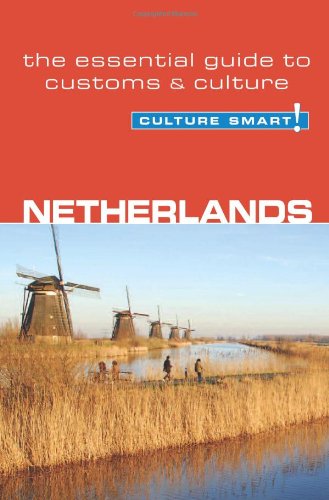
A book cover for Netherlands - Culture Smart!: the essential guide to customs & culture; Sheryl Buckland; Travel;